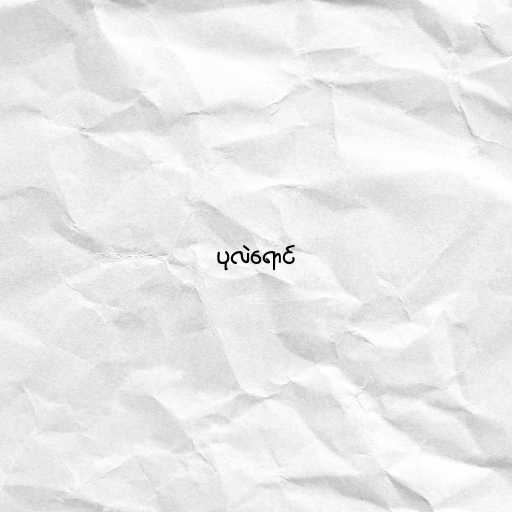
ပုလဲရောင်